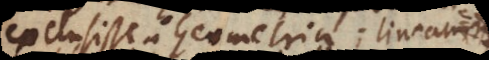
exclusit a Geometria. Linearum